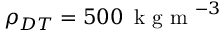
\rho _ { D T } = 5 0 0 \, \mathrm { ~ k ~ g ~ m ~ } ^ { - 3 }